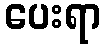
ပေးရာ